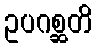
ဥပဂစ္ဆတိ